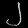
Digit: ၂